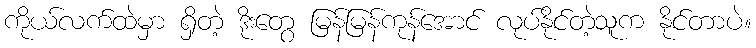
ကိုယ်လက်ထဲမှာ ရှိတဲ့ ဒိုးတွေ မြန်မြန်ကုန်အောင် လုပ်နိုင်တဲ့သူက နိုင်တာပဲ။